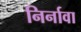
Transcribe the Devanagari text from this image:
निर्नावा